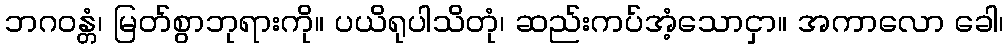
ဘဂဝန္တံ၊ မြတ်စွာဘုရားကို။ ပယိရုပါသိတုံ၊ ဆည်းကပ်အံ့သောငှာ။ အကာလော ခေါ၊